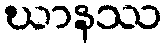
ဃာနဿ